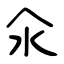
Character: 汆